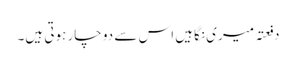
دفعتہً میری نگاہیں اس سے دو چار ہوتی ہیں۔